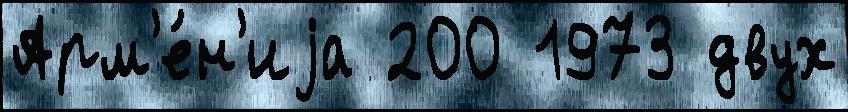
Арм'е́н'иjа 200 1973 двух